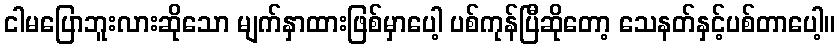
ငါမပြောဘူးလားဆိုသော မျက်နှာထားဖြစ်မှာပေါ့ ပစ်ကုန်ပြီဆိုတော့ သေနတ်နှင့်ပစ်တာပေါ့။